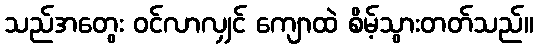
သည်အတွေး ဝင်လာလျှင် ကျောထဲ စိမ့်သွားတတ်သည်။